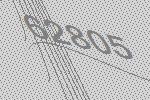
62805